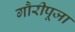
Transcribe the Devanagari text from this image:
गौरीपूजा